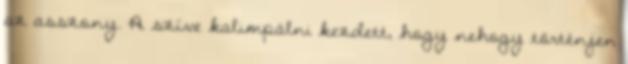
az asszony. A szíve kalimpálni kezdett, hogy nehogy történjen